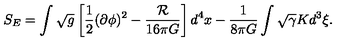
S _ { E } = \int \sqrt { g } \left[ { \frac { 1 } { 2 } } ( \partial \phi ) ^ { 2 } - { \frac { \cal R } { 1 6 \pi G } } \right] d ^ { 4 } x - { \frac { 1 } { 8 \pi G } } \int \sqrt { \gamma } K d ^ { 3 } \xi .